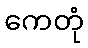
ကေတုံ